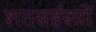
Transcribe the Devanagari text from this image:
शतसहस्त्रों